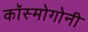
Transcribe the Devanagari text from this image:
कॉस्मोगोनी